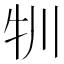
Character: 㸪